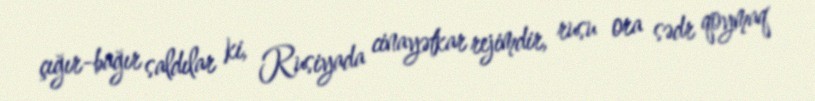
çığır-bağır saldılar ki, Rusiyada cinayətkar rejimdir, rusu ora sədr qoymaq